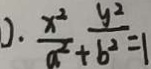
) . \frac { x ^ { 2 } } { a ^ { 2 } } + \frac { y ^ { 2 } } { b ^ { 2 } } = 1